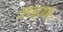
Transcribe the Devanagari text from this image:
अश्वाध्यक्ष